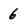
Character: 6